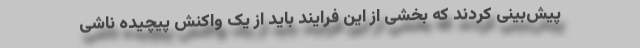
پیش‌بینی کردند که بخشی از این فرایند باید از یک واکنش پیچیده ناشی